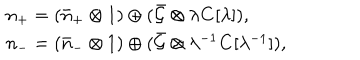
\begin{array} { l } { { n _ { + } = ( \bar { n } _ { + } \otimes 1 ) \oplus ( \bar { { \cal G } } \otimes \lambda { \bf C } [ \lambda ] ) , } } \\ { { n _ { - } = ( \bar { n } _ { - } \otimes 1 ) \oplus ( \bar { { \cal G } } \otimes \lambda ^ { - 1 } { \bf C } [ \lambda ^ { - 1 } ] ) , } } \\ \end{array}